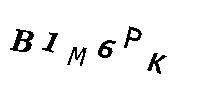
B1M6PK